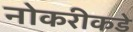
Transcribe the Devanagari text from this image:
नोकरीकडे